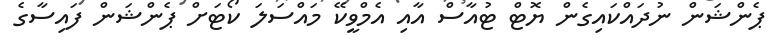
ޕެންޝަން ނުދައްކައިގެން ޔޮޓް ޓުއާސް އާއި އެމްވީކޭ މައްސަލަ ކޯޓަށް ޕެންޝަން ފައިސާގެ